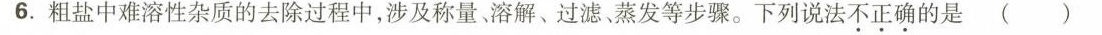
6.粗盐中难溶性杂质的去除过程中，涉及称量，溶解、过滤、蒸发等步骤。下列说法不正确的是( )